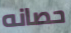
حصانه